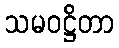
သမဝဋ္ဌိတာ